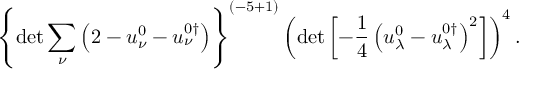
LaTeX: \left\{ \operatorname * { d e t } \sum _ { \nu } \left( 2 - u _ { \nu } ^ { 0 } - u _ { \nu } ^ { 0 \dagger } \right) \right\} ^ { ( { - 5 + 1 } ) } \left( \operatorname * { d e t } \left[ - \frac 1 4 \left( u _ { \lambda } ^ { 0 } - u _ { \lambda } ^ { 0 \dagger } \right) ^ { 2 } \right] \right) ^ { 4 } .